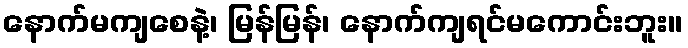
နောက်မကျစေနဲ့၊ မြန်မြန်၊ နောက်ကျရင်မကောင်းဘူး။